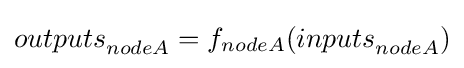
{outputs}_{nodeA}=f_{nodeA}({inputs}_{nodeA})